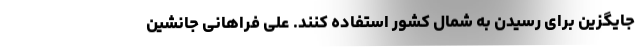
جایگزین برای رسیدن به شمال کشور استفاده کنند. علی فراهانی جانشین